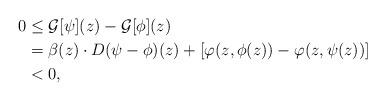
LaTeX: \begin{align*}0 & \le \mathcal{G}[\psi](z) - \mathcal{G}[\phi](z) \\ & = \beta(z) \cdot D(\psi-\phi)(z) + [\varphi(z, \phi(z)) - \varphi(z, \psi(z))] \\ & < 0, \end{align*}